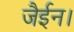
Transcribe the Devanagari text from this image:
जैईन।